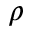
\rho